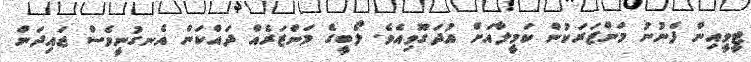
ޓީވީއިން ފެނުނު މަންޒަރަކުން ކަމީލާއަށް އުދަގޫވިއެވެ. ލޯބީގެ މަންޒަރެއް ދައްކަން އެނގުނީވެސް ޖައިދަން